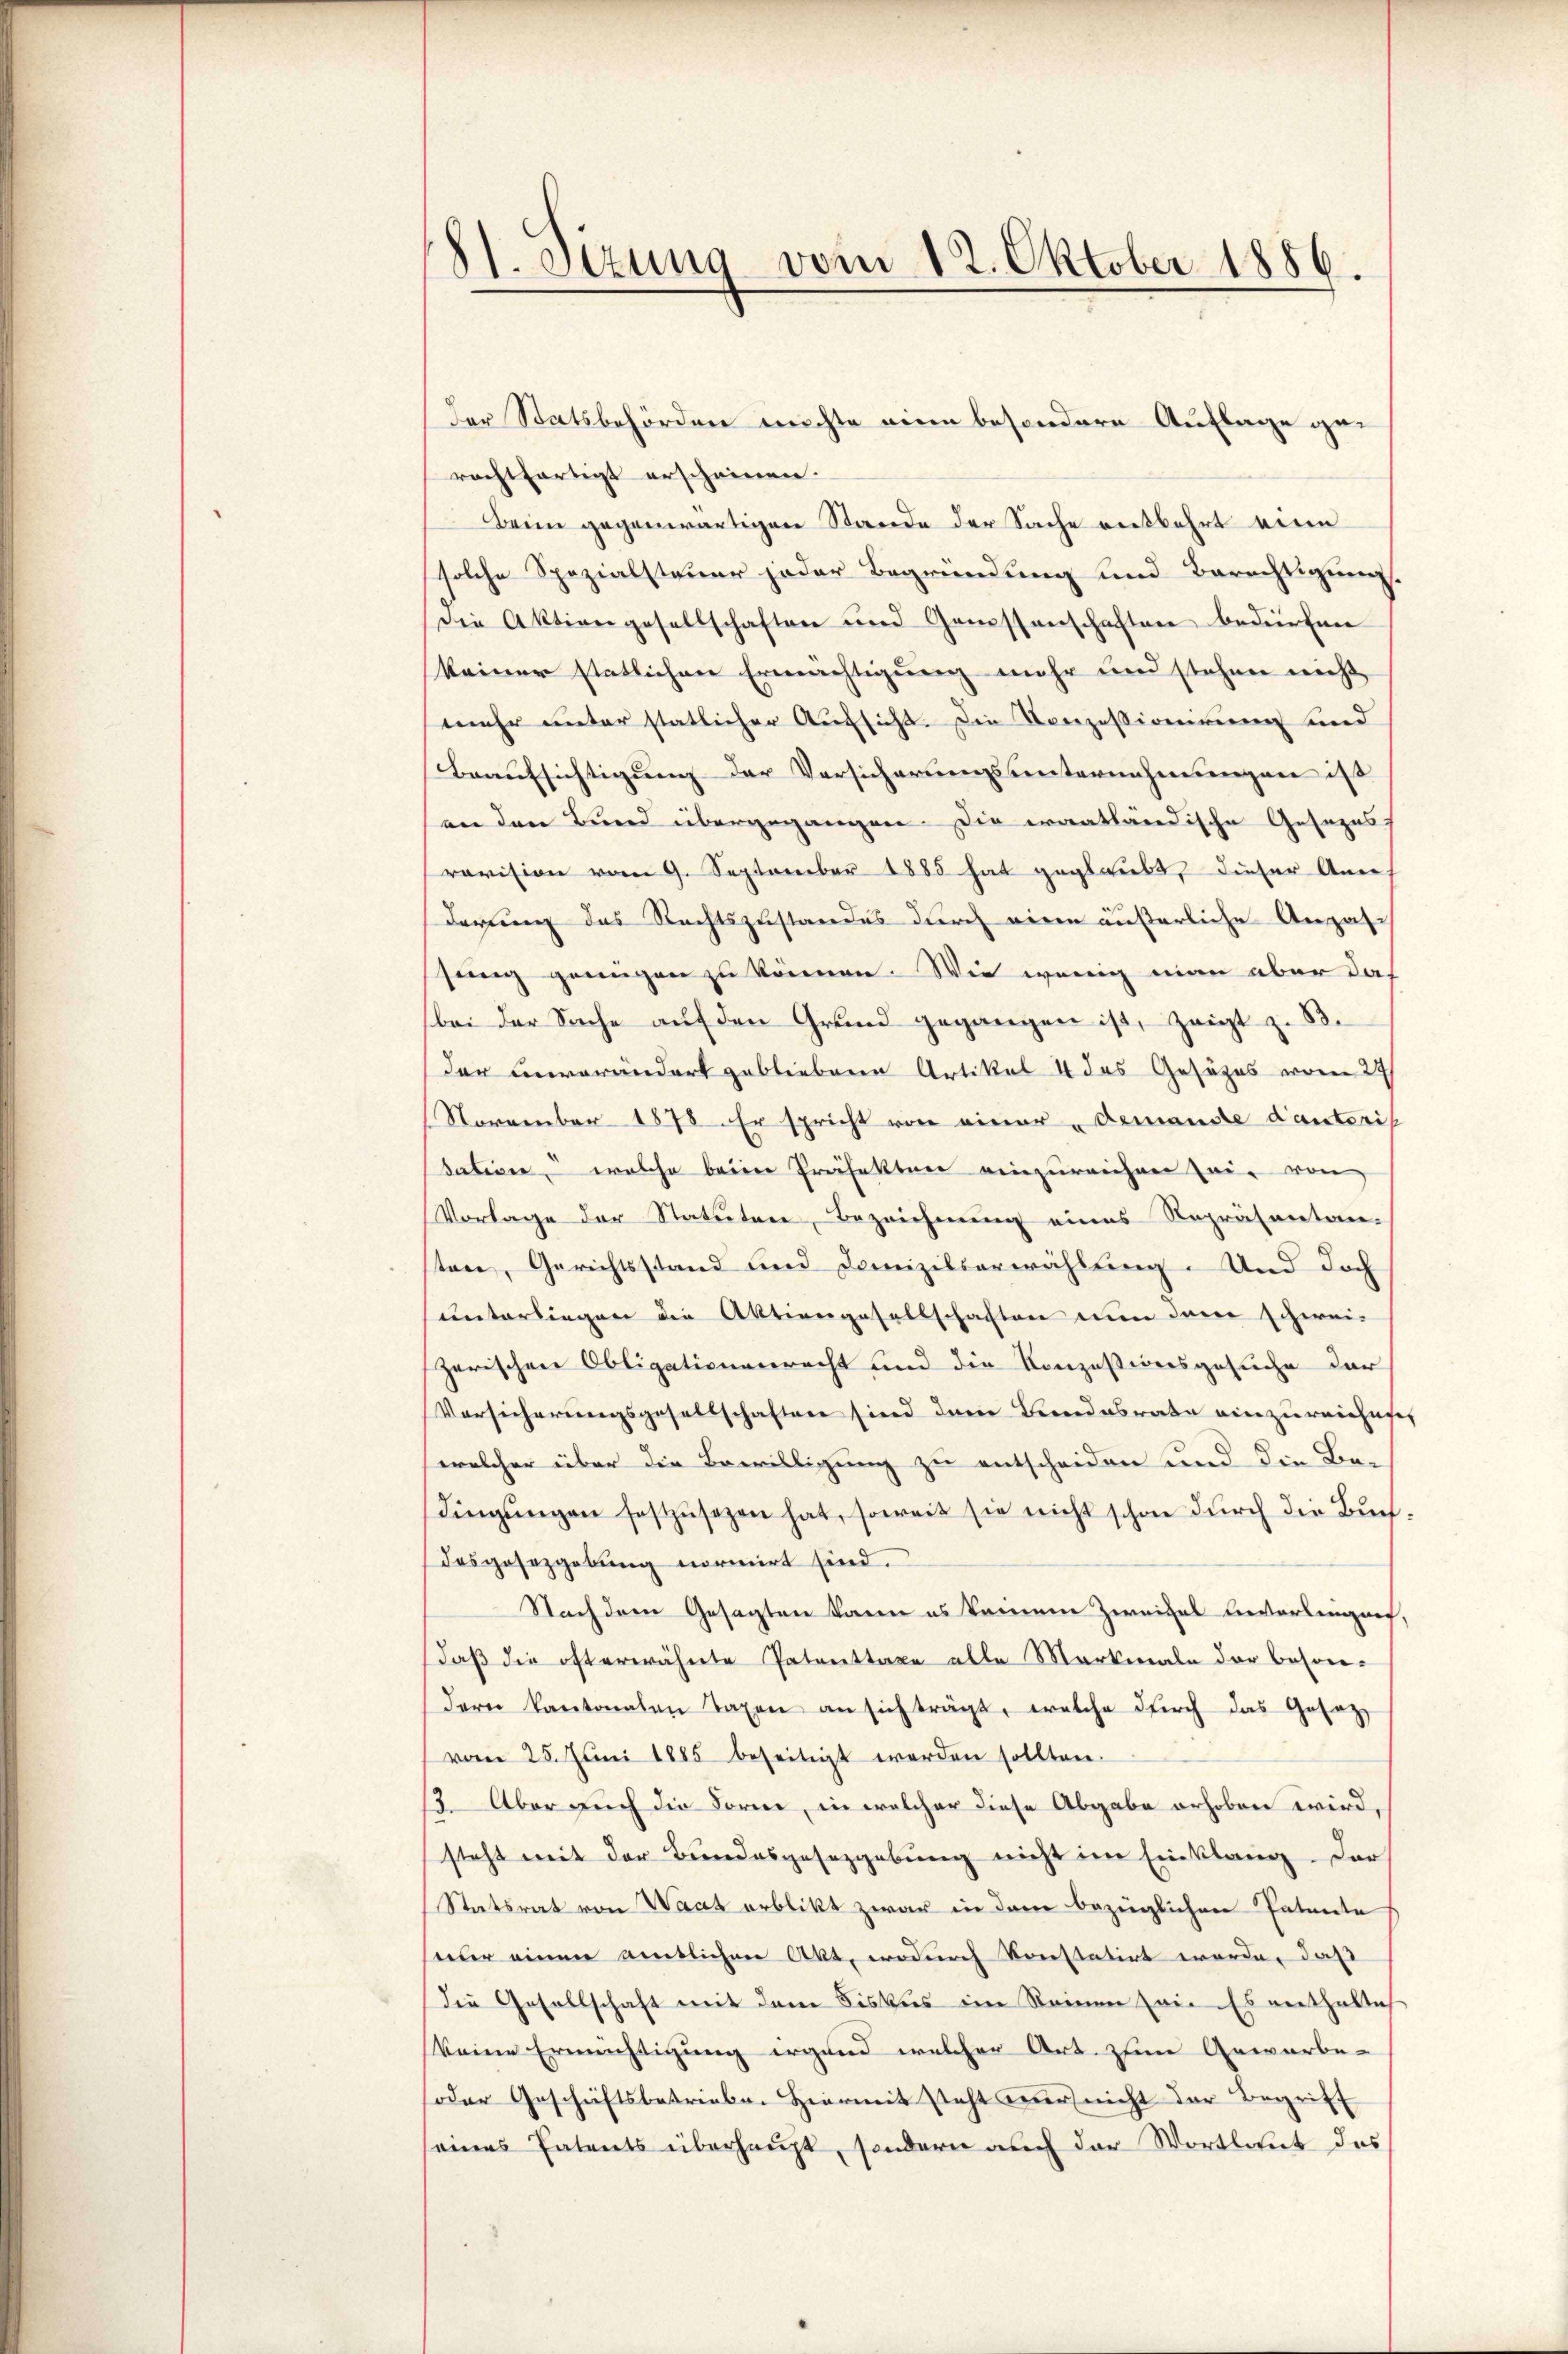
81. Sizung vom 12. Oktober 1886.

der Statsbehörden möchte eine besondere Auflage gerechtfertigt erscheinen.
Beim gegenwärtigen Stande der Sache entbehrt eine
solche Spezialsteuer jeder Begründung und Berechtigung.
die Aktiengesellschaften und Genossenschaften bedürfen
keiner statlichen Ermächtigung mehr und stehen nicht
mehr unter statlicher Aufsicht. Die Konzessionirung und
Beaufsichtigung der Versicherungsunternehmungen ist
an den Bund übergegangen. Die waatländische Gesezes-
revision vom 9. September 1885 hat geglaubt, dieser Ann
derung das Rechtszustandes durch einen äußerliche Anzah-
sung genügen zu können. Wie wenig man aber das
bei der Sache auf den Grund gegangen ist, zeigt z. B.
der unverändert gebliebene Artikel 4 das Gesetzes vom 24
November 1878. Er spricht von einer „demandte danteris
datione, welche beim Präfekten einzureichen sei von
Vorlage der Statuten, Bezeichnung eines Repräsentan-
ston, Gerichtsstand und Domizilserwählung. Und doch
unterliegen die Aktiengesellschaften nun dem schwei-
zerischen Obligationenrecht und die Konzessionsgesuche der
Vorsicherungsgesellschaften sind der Beendesrate einzureichnet
welcher über die Bewilligung zu entscheiden und die Be-
dingŭngen festzŭsezen hat, soweit sie nicht schon durch die Buchdesgesetzgebung normirt sind.
Nachdem Gesagten kann es keinem Zweifel bevorbeinauf,
daß die öfterwähnte Patenttaxe alle Markmale der beson-
dern kantonalen Taxen an sich trägt, welche durch das Gesetz
vom 25. Juni 1885 beseitigt werden sollten.
3. Aber auch die Forne, in welcher diese Abgabe erhoben wird,
steht mit der Bundesgesetzgebung nicht im Einklang. Der
Statsrat von Waat erblikt zwar in dem bezüglichen Patente
seur einen amtlichen Akt, wodurch konstatirt werde, daß
die Gesellschaft mit dem Fiskus im Reinen sei. Es enthallich
keine Ermächtigung irgend welcher Art. zum Gewerbe-
oder Geschäftsbetriebe. Hiermit steht nur nicht der Begriff
eines Patents überhaupt, sondern auch der Wortlaut das